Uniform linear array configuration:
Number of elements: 24
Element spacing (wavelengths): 0.75
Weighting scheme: kaiser
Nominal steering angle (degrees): -45
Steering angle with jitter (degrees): -44.998
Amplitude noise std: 0.05
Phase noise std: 0.05

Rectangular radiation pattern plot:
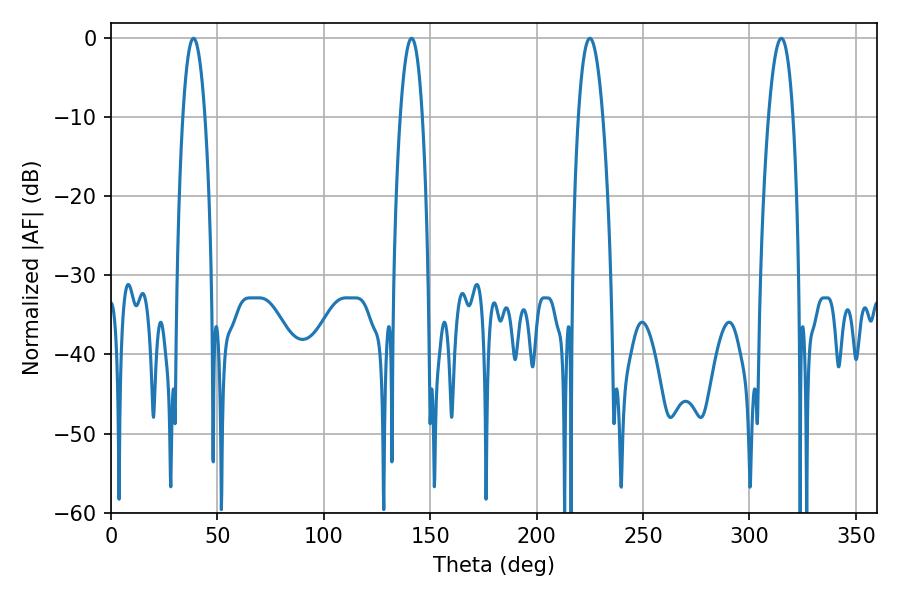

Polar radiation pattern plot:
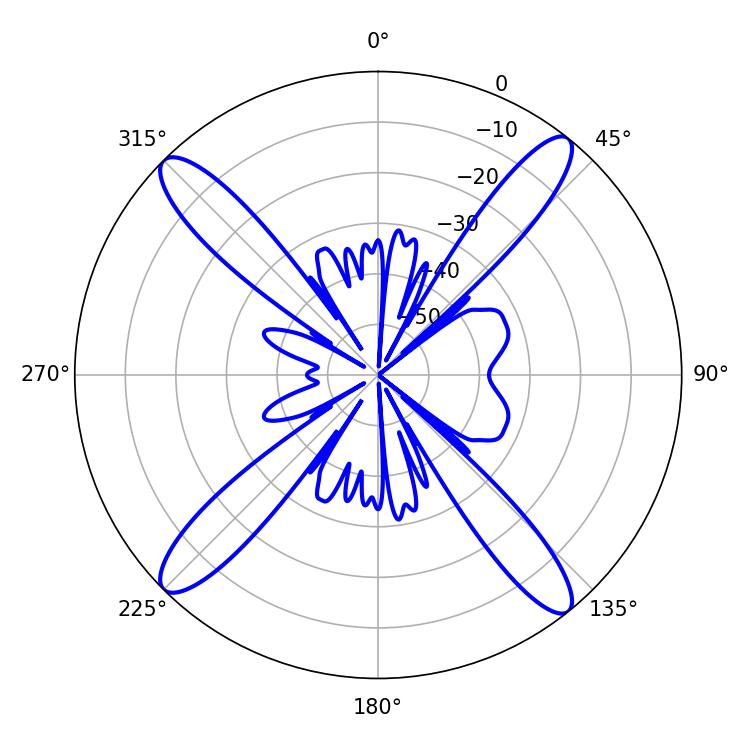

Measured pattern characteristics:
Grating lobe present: TRUE
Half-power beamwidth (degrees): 6.3
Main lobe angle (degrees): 225